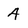
Character: 4